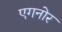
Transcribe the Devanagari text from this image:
एगनोर